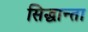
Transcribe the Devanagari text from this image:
सिद्धान्ता